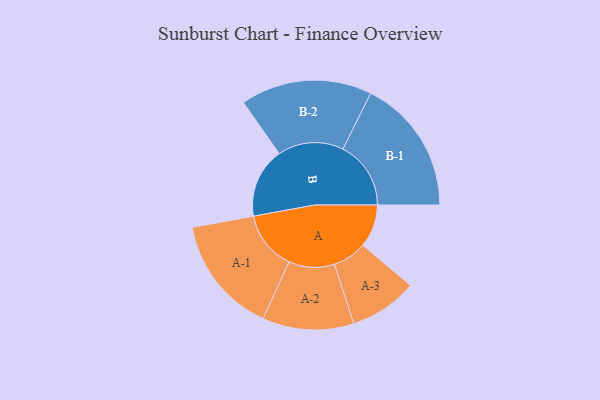
{"axis": {"x": "Segment", "y": "Value"}, "legend": ["", "A", "B"], "data": [{"x": "A", "y": 173, "type": ""}, {"x": "B", "y": 282, "type": ""}, {"x": "A-1", "y": 238, "type": "A"}, {"x": "A-2", "y": 184, "type": "A"}, {"x": "A-3", "y": 137, "type": "A"}, {"x": "B-1", "y": 274, "type": "B"}, {"x": "B-2", "y": 265, "type": "B"}]}